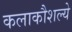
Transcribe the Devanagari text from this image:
कलाकौशल्ये